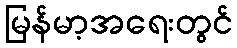
မြန်မာ့အရေးတွင်